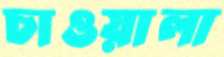
চাওয়ালা